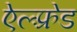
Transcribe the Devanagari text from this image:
ऐल्फ़्रेड